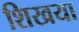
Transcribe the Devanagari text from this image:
शिखया